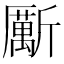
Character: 𱡯